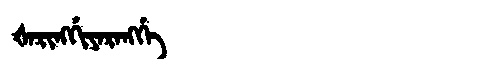
Manchu: ᡧᠠᡵᡳᠩᡤᡳᠶᠠᡵᠠᠩᡤᡝ
Romanization: ŠARINGGIYARANGGE